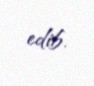
edib.